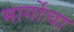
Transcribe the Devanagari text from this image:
मार्गोचा